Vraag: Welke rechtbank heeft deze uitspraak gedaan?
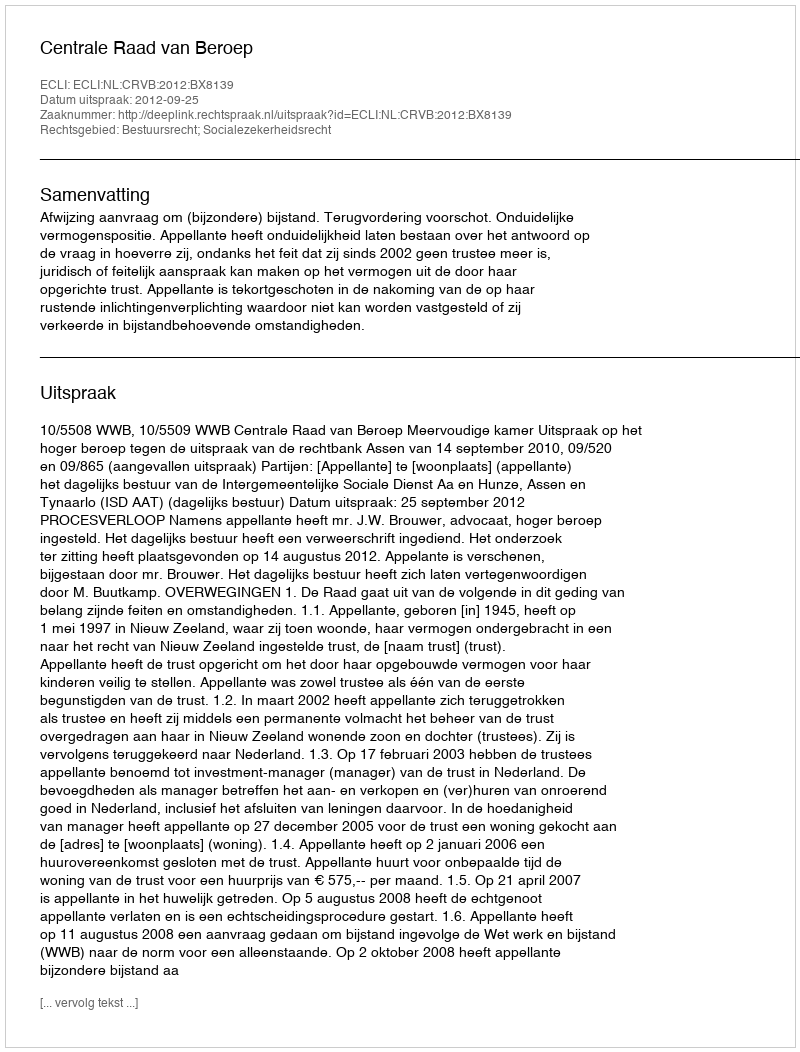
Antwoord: Centrale Raad van Beroep